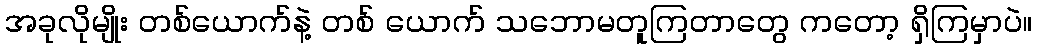
အခုလိုမျိုး တစ်ယောက်နဲ့ တစ် ယောက် သဘောမတူကြတာတွေ ကတော့ ရှိကြမှာပဲ။